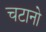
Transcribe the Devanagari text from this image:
चटानो